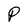
Character: P